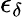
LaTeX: \epsilon_{\delta}